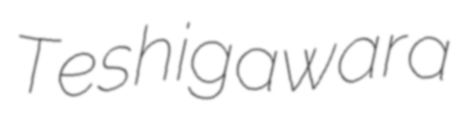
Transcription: Teshigawara